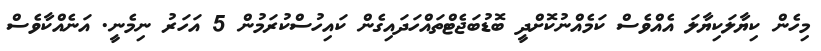
މިހެން ކިޔާލަކިޔާލަ އެއްވެސް ކަމެއްނުކޮށްދީ ބޮޑުބަޖެޓްތައްހަދައިގެން ކައިހުސްކުރަމުން 5 އަހަރު ނިމެނީ. އަނެއްކާވެސް